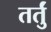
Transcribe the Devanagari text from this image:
तर्तुं